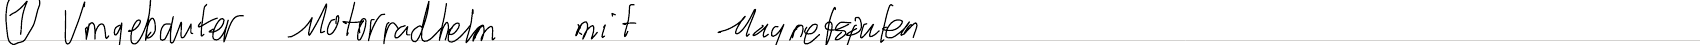
(1) Umgebauter Motorradhelm mit Magnetspulen